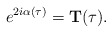
\begin{align*}e^{2i\alpha(\tau)}={\bf T}(\tau).\end{align*}